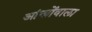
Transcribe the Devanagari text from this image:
आंखोंवाला